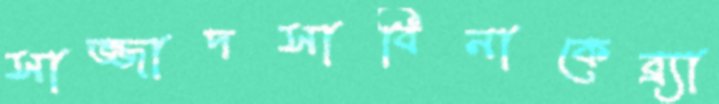
সাজ্জাদসাবিনাকেব্র্যা